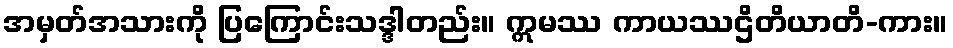
အမှတ်အသားကို ပြကြောင်းသဒ္ဒါတည်း။ ဣမဿ ကာယဿဌိတိယာတိ-ကား။